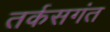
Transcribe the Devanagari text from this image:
तर्कसगंत